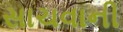
સાચવાની